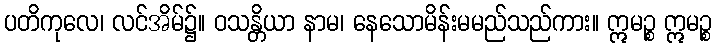
ပတိကုလေ၊ လင်အိမ်၌။ ဝသန္တိယာ နာမ၊ နေသောမိန်းမမည်သည်ကား။ ဣမဉ္စ ဣမဉ္စ